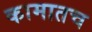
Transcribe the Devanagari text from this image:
कामातच